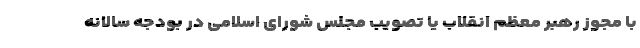
با مجوز رهبر معظم انقلاب یا تصویب مجلس شورای اسلامی در بودجه سالانه